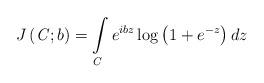
LaTeX: \begin{align*}J\left( {\it C};b\right) =\int\limits_{{\it C}}e^{ibz}\log \left(1+e^{-z}\right) dz \end{align*}